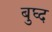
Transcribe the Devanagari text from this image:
बुघ्‍द